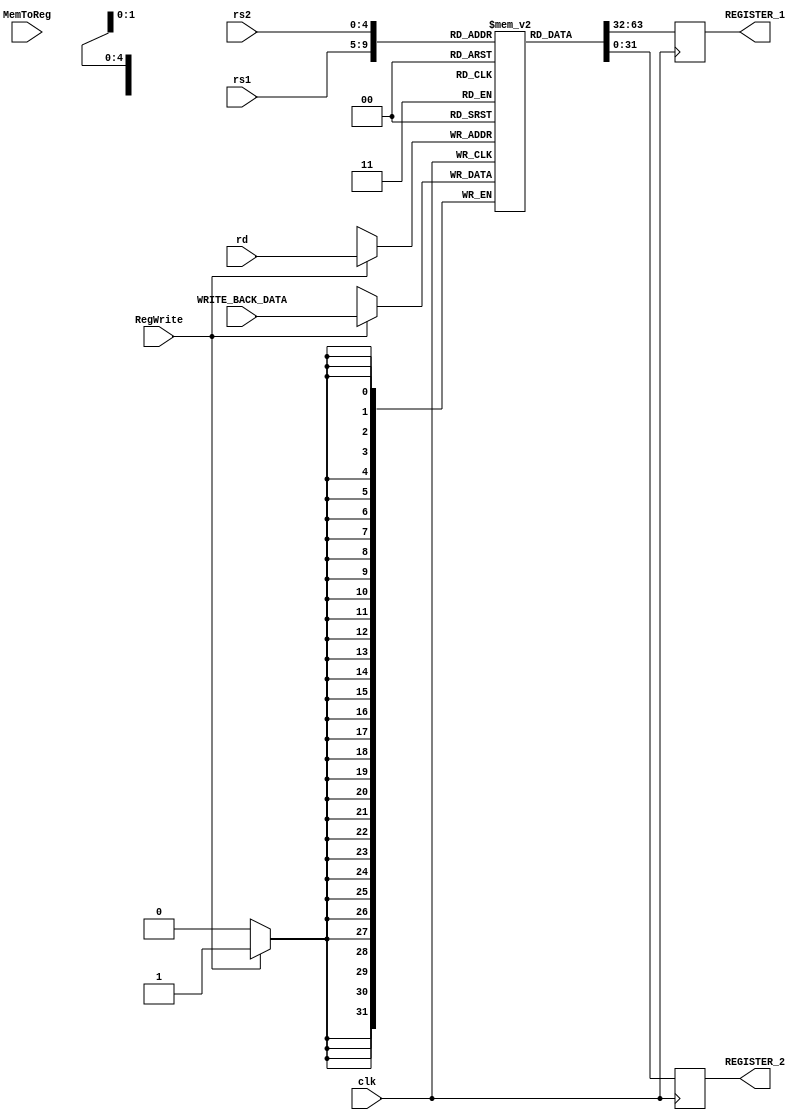
module REGISTER(
	input clk,
	input [4:0] rs1,
	input [4:0] rs2,
	input [4:0] rd,
	output reg [31:0] REGISTER_1,
	output reg [31:0] REGISTER_2,

	input RegWrite,
	input MemToReg,
	//input rst,
	input [31:0] WRITE_BACK_DATA
);

(* ram_init_file = "Register.mif" *) reg [31:0] REGISTER [31:0] /* synthesis ramstyle = "M9K" */;
// reading
always @(posedge clk) begin
	REGISTER_1 = REGISTER[rs1];
	REGISTER_2 = REGISTER[rs2];
end
// writing
always @(negedge clk) begin
	if (RegWrite) begin
			REGISTER[rd] = WRITE_BACK_DATA;
	end
end

endmodule